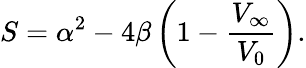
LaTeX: S=\alpha^{2}-4\beta\left(1-\frac{V_{\infty}}{V_{0}}\right){.}